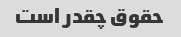
حقوق چقدر است